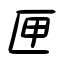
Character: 匣